NAE_ERA_R-2362_Emakeele_Selts, lk 12
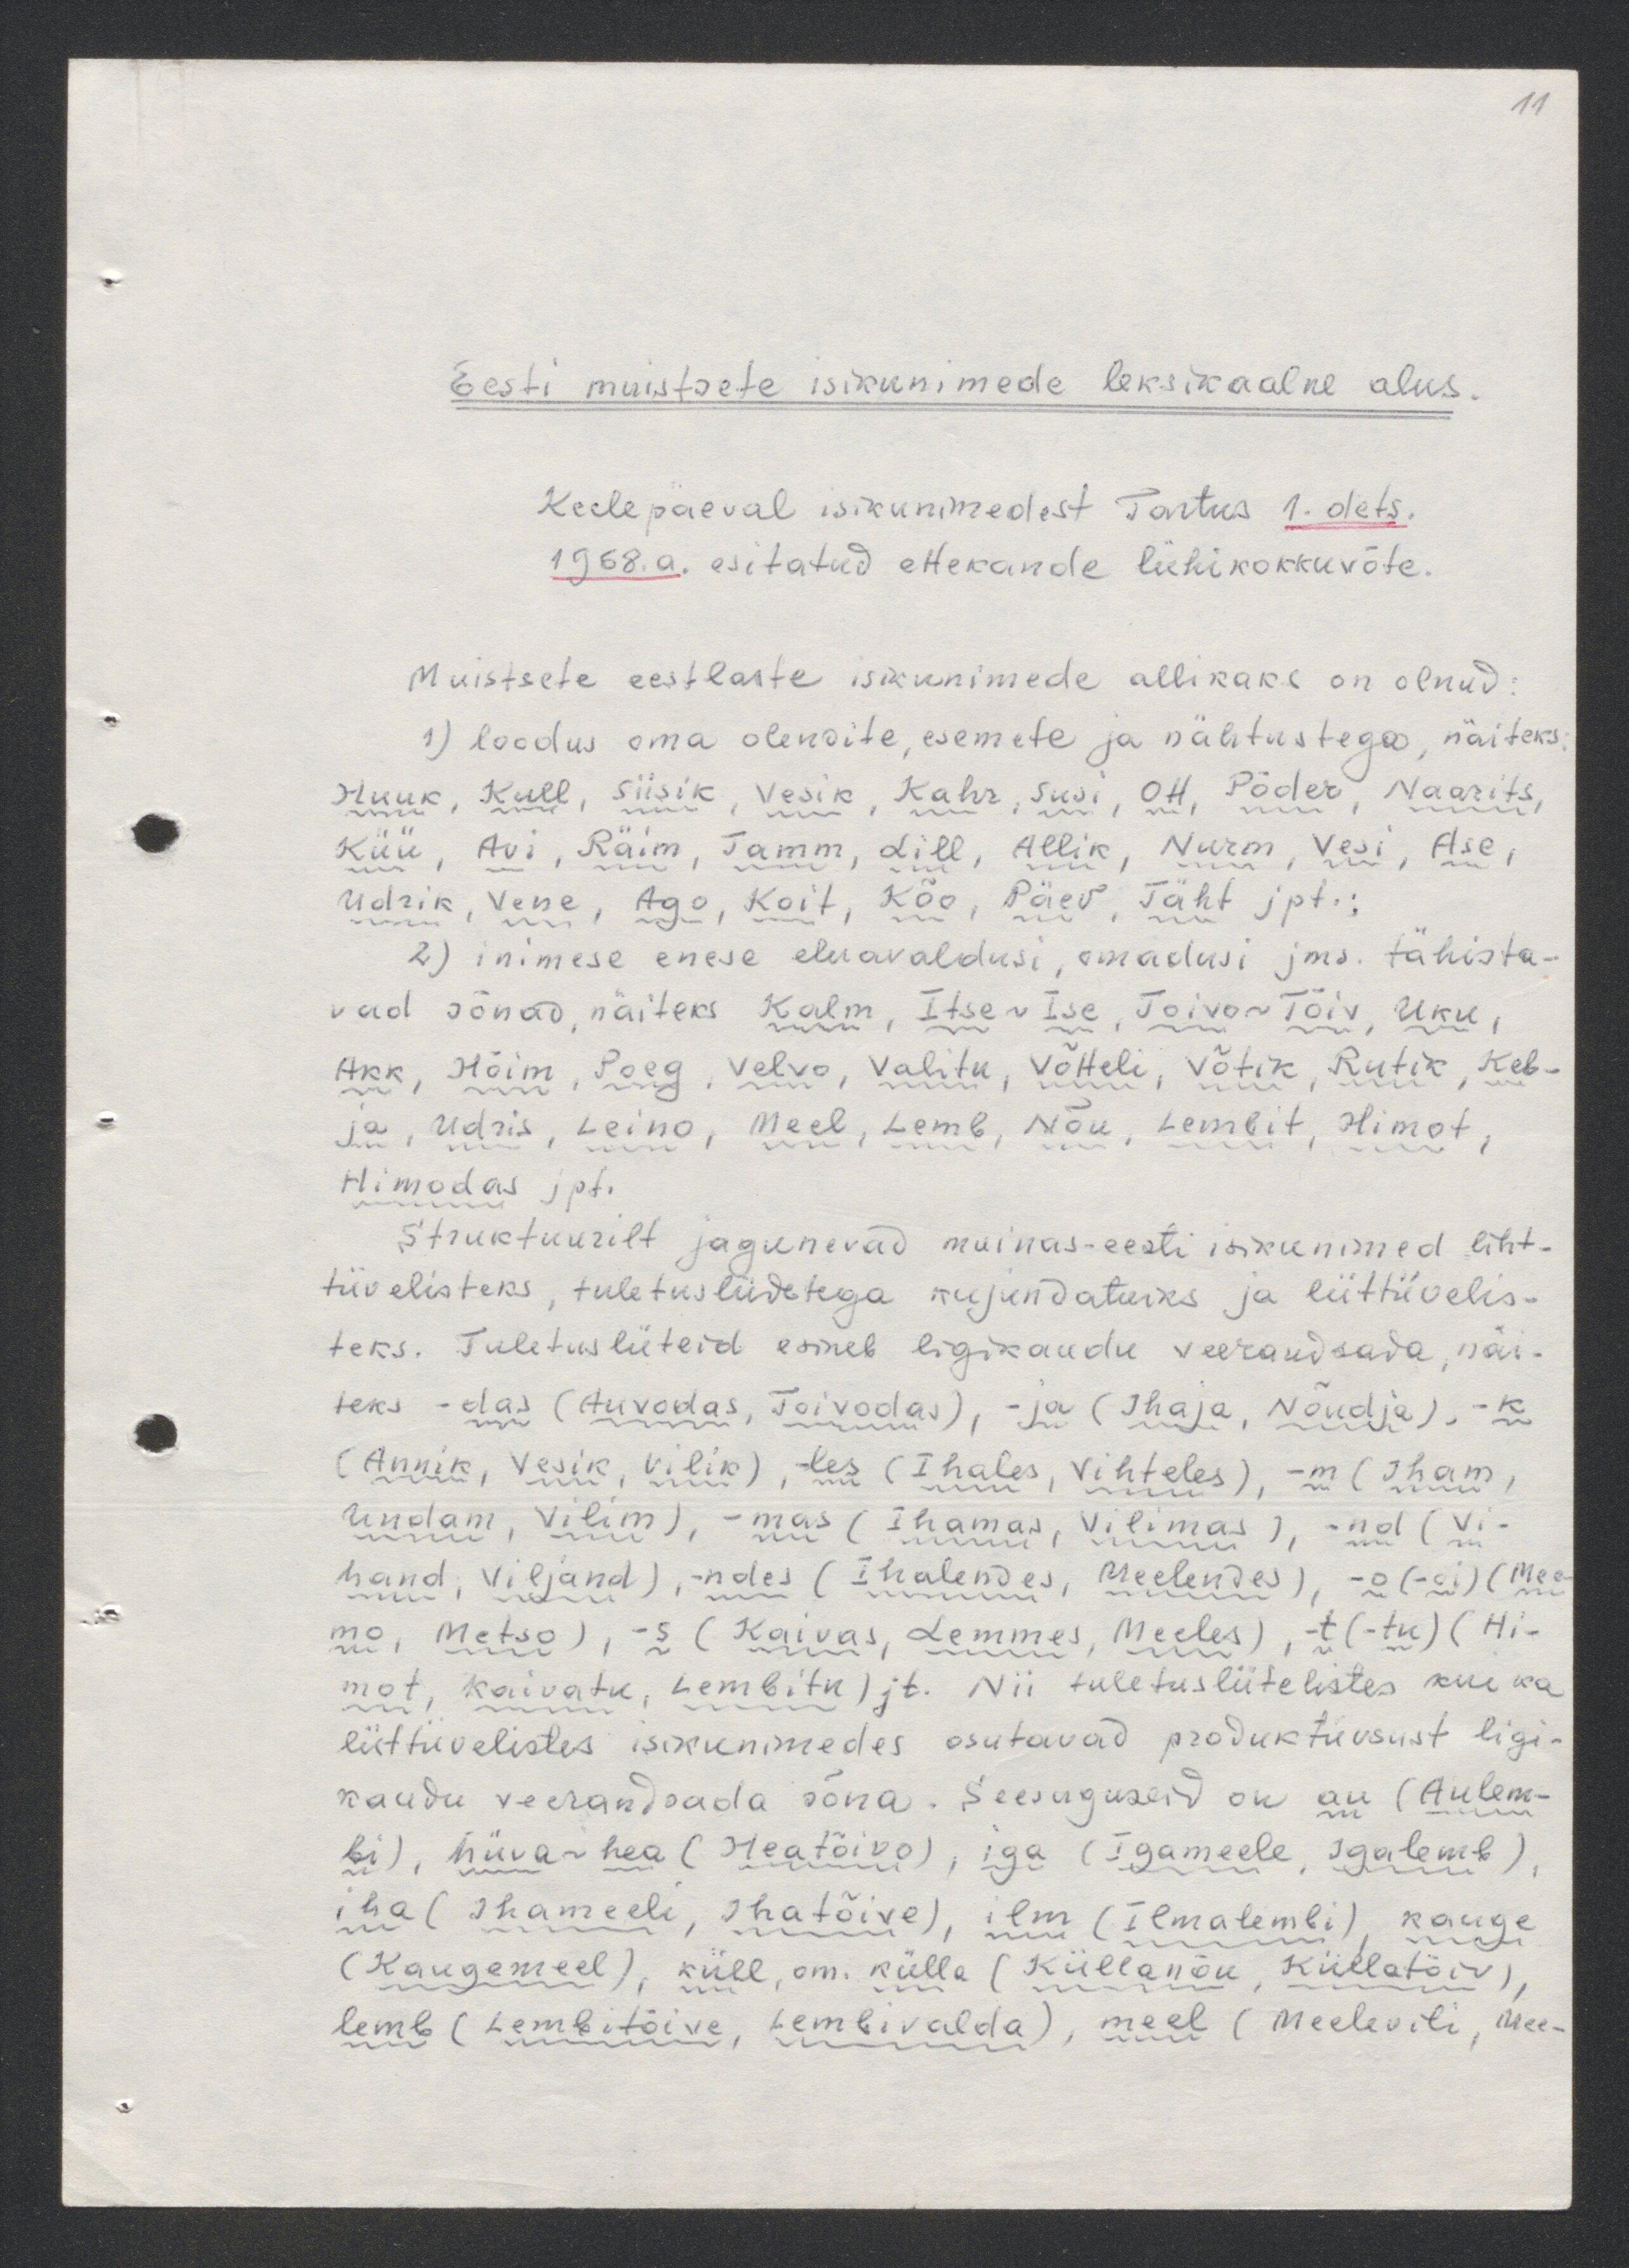
11

Eesti muistsete isikunimede leksikaalne alus
Keelepäeval isikunimedest Tartus 1. dets.
1968. a. esitatud ettekande lühikokkuvõte.
Muistsete eestlaste isikunimede allikaks on olnud:
1) loodus oma olendite, esemete ja nähtustega, näiteks,
Huuk, Kull, Siisik, Vesik, Kahr, Susi, Ott, Põder, Naarits,
Küü, Avi, Räim, Tamm, Lill, Allik, Nurm, Vesi, Ase,
Udrik, Vene, Ago, Koit, Kõo, Päev, Täht jpt;
2) inimese enese eluavaldusi, omadusi jms. tähista-
vad sõnad, näiteks Kalm, Itse - Ise, Toivo - Tõiv, Uku,
Akk, Hõim, Poeg, Velvo, Valitu, Võtteli, Võtik, Rutik, Keb-
ja, Udris, Leino, Meel, Lemb, Nõu, Leenbit, Himot,
Himodas jpt.
Struktuurilt jagunevad muinas-eesti isikunimed liht-
tüvelisteks, tuletusliidetega kujundatuks ja liittüvelis-
teks. Tuletusliiteid esineb ligikaudu veerandsada, näi-
teks - olas (Auvodas, Toivodas), - ja (Ihaja, Nõudja), -k.
(Annik, Vesik, Vilik), les (Ihales, Vihteles), - m (Iham,
Undam, Vilim), -mas (Ihamas, Vilimas), - nd ( Vi-
hand, Viljand), -ndes (Ihalendes, Meelendes), -o (-oi) (Mee
mo, Metso), - s ( Kaivas, Lemmes, Meeles), -t (-tu) (Hi-
mot, Kaivatu, Lembitu) jt. Nii tuletusliitelistes kui ka
liittüvelistes isikunimedes osutavad produktiivisust ligi-
kaudu veerandsada sõna. Seesuguseid on au (Aulem-
bi), hüva-hea (Heatõivo), iga (Igameele, Igatemb),
iha ( Ihameele, Ihatõive), ilm (Ilmalembi) kauge
(Kaugemeel), küll, sm. külla (Küllanõu, Küllatõiv),
lemb (Lembitõive, Lembivalda), meel (Meelevili, Mee-